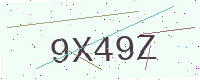
Text: 9X49Z